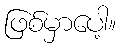
ဖြစ်မှာပေါ့။